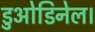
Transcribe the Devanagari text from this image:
डुओडिनेल।